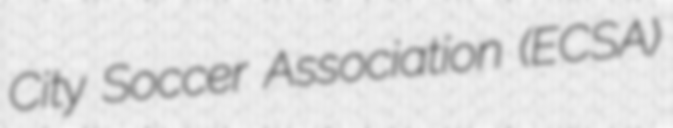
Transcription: City Soccer Association (ECSA)